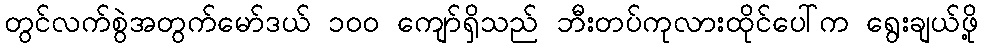
တွင်လက်စွဲအတွက်မော်ဒယ် ၁၀၀ ကျော်ရှိသည် ဘီးတပ်ကုလားထိုင်ပေါ်က ရွေးချယ်ဖို့